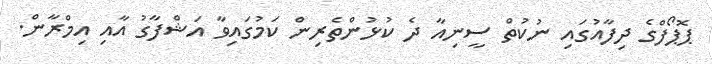
ޕޮޕޯފްގެ ދިފާއުގައި ނުކުތް ސީނިއާ ދެ ކުޅުންތެރިން ކަމުގައިވާ އަޝްފާގު އާއި އިމްރާން.